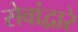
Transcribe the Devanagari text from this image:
सेवांद्वारे